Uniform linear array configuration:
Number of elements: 24
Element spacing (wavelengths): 0.5
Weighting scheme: cosine
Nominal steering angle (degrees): -60
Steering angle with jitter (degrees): -59.245
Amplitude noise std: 0.05
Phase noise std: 0.05

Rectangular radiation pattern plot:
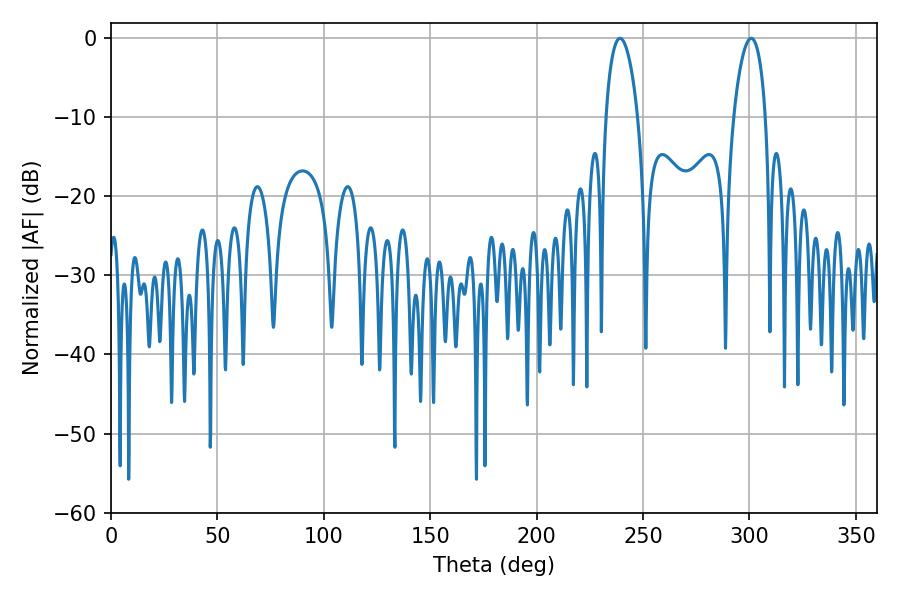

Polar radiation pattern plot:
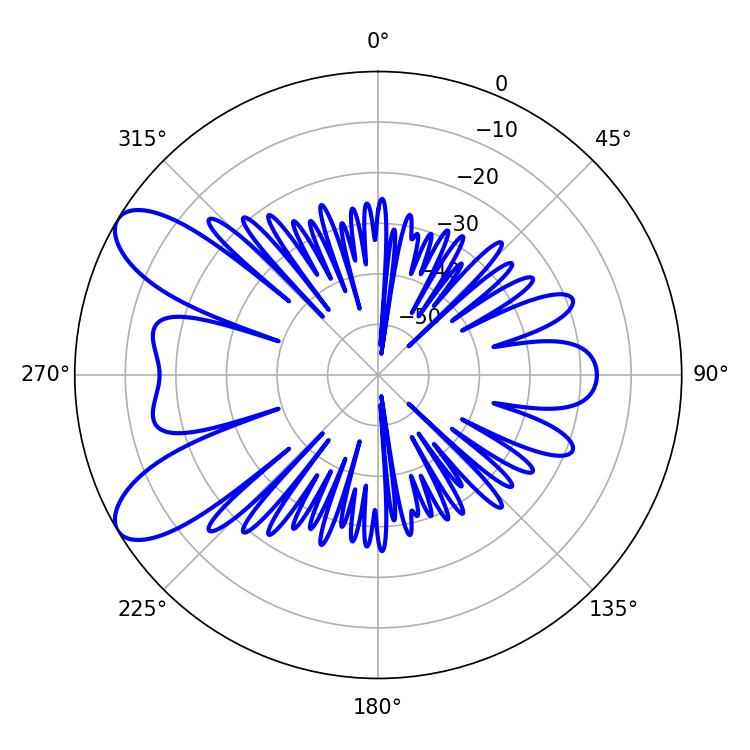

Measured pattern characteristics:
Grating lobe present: FALSE
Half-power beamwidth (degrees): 8.46
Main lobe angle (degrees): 300.78